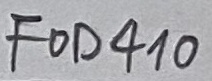
Text: FOD410